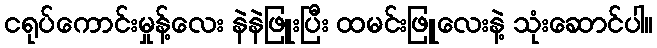
ငရုပ်ကောင်းမှုန့်လေး နဲနဲဖြူးပြီး ထမင်းဖြူလေးနဲ့ သုံးဆောင်ပါ။